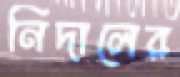
নিদালের